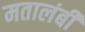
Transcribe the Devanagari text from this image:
मतालंबी